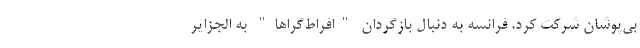
بی‌پوشان شرکت کرد. فرانسه به دنبال بازگردان "افراط‌گراها" به الجزایر